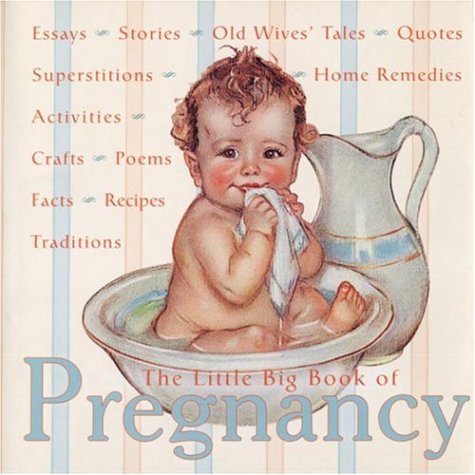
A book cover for The Little Big Book of Pregnancy (Little Big Books (Welcome)); Parenting & Relationships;